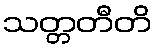
သတ္တတီတိ